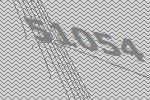
51054